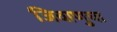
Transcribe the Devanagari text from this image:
जिवाणुचा